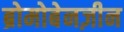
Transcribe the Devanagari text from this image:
ब्रोमोबेनज़ीन